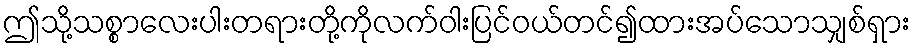
ဤသို့သစ္စာလေးပါးတရားတို့ကိုလက်ဝါးပြင်ဝယ်တင်၍ထားအပ်သောသျှစ်ရှား